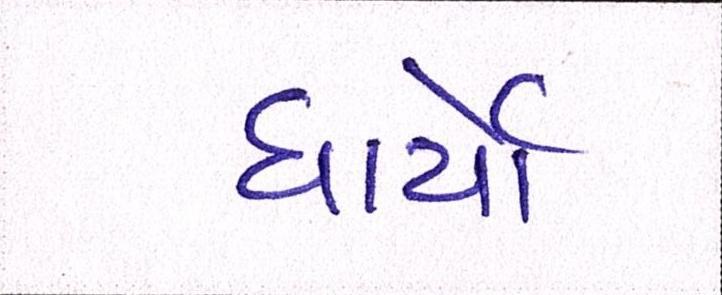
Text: ધાર્યો